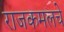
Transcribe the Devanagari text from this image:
राजकमलचे